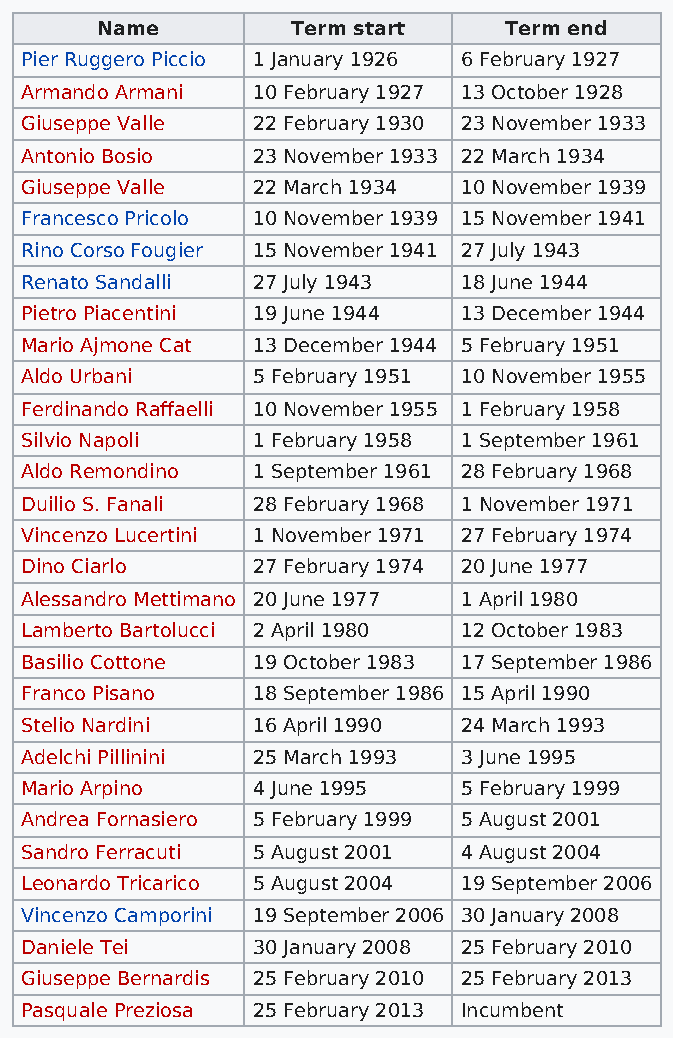
Name         Term start    Term end
 Pier Ruggero Piccio 1 January 1926 6 February 1927
 Armando Armani  10 February 1927 13 October 1928
 Giuseppe Valle  22 February 1930 23 November 1933
 Antonio Bosio   23 November 1933 22 March 1934
 Giuseppe Valle  22 March 1934 10 November 1939
 Francesco Pricolo 10 November 1939 15 November 1941
 Rino Corso Fougier 15 November 1941 27 July 1943
 Renato Sandalli 27 July 1943 18 June 1944
 Pietro Piacentini 19 June 1944 13 December 1944
 Mario Ajmone Cat 13 December 1944 5 February 1951
 Aldo Urbani     5 February 1951 10 November 1955
 Ferdinando Raffaelli 10 November 1955 1 February 1958
 Silvio Napoli   1 February 1958 1 September 1961
 Aldo Remondino  1 September 1961 28 February 1968
 Duilio S. Fanali 28 February 1968 1 November 1971
 Vincenzo Lucertini 1 November 1971 27 February 1974
 Dino Ciarlo     27 February 1974 20 June 1977
 Alessandro Mettimano 20 June 1977 1 April 1980
 Lamberto Bartolucci 2 April 1980 12 October 1983
 Basilio Cottone 19 October 1983 17 September 1986
 Franco Pisano   18 September 1986 15 April 1990
 Stelio Nardini  16 April 1990 24 March 1993
 Adelchi Pillinini 25 March 1993 3 June 1995
 Mario Arpino    4 June 1995  5 February 1999
 Andrea Fornasiero 5 February 1999 5 August 2001
 Sandro Ferracuti 5 August 2001 4 August 2004
 Leonardo Tricarico 5 August 2004 19 September 2006
 Vincenzo Camporini 19 September 2006 30 January 2008
 Daniele Tei     30 January 2008 25 February 2010
 Giuseppe Bernardis 25 February 2010 25 February 2013
 Pasquale Preziosa 25 February 2013 Incumbent